Civil Veterinary Dept. Bombay admin report 1914-1922 - 1914-1922
Year: 1914
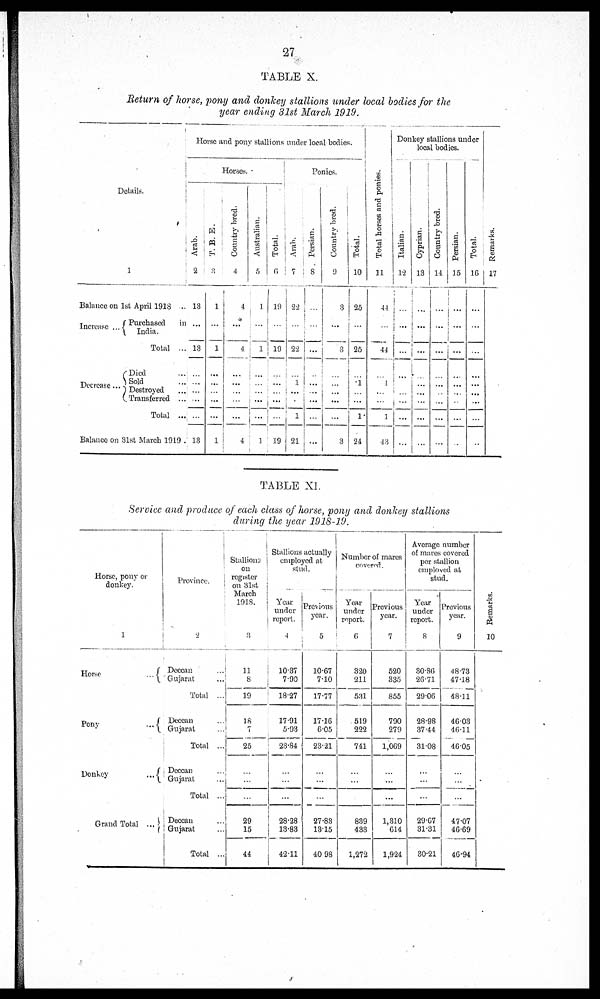
27
TABLE X.
Return of horse, pony and donkey stallions under local bodies for the
year ending 31st March 1919.
Details.
1
Balance on 1st April 1918 …
Increase ...
Decrease ...
Purchased
in
India.
Total ...
Died …
Sold …
Destroyed …
Transferred ...
Total ...
Balance on 31st March 1919 .
Horse and pony stallions under local bodies.
Horses.
Arab.
2
13
...
13
...
...
...
...
...
13
T. B. E.
3
1
...
1
...
...
...
...
...
1
Country bred.
4
4
…
4
...
...
...
...
...
4
Australian.
5
1
...
1
...
...
...
...
...
1
Total.
6
19
...
19
...
...
...
...
...
19
Ponies.
Arab.
7
22
...
22
…
1
...
...
1
21
Persian.
8
...
...
…
…
...
...
...
…
...
Country bred.
9
3
...
3
…
...
...
...
...
3
Total.
10
25
...
25
…
1
...
...
1
24
Tot al hor s es and ponies.
11
44
...
44
...
1
...
...
1
43
Donkey stallions under
local bodies.
Italian.
12
...
...
…
…
...
...
...
...
...
Cyprian.
13
...
...
...
...
...
...
...
...
...
Count r y bred.
14
...
...
...
...
...
...
...
...
...
Persian.
15
...
...
...
...
...
...
...
...
...
Total.
16
...
...
...
...
...
...
...
...
...
Remarks.
17
TABLE XI.
Service and produce of each class of horse, pony and donkey stallions
during the year 1918-19.
Horse, pony or
donkey.
1
Horse
...
Pony
...
Donkey
...
Grand Total ...
Province.
2
Deccan …
Gujarat …
Total ...
Deccan …
Gujarat …
Total …
Deccan
…
Gujarat ...
Total ...
Deccan
...
Gujarat
...
Total …
Stallions
on
register
on 31st
March
1918.
3
11
8
19
18
7
25
...
...
...
29
15
44
Stallions actually
employed at
stud.
Year
under
report.
4
10.37
7.90
18.27
17.91
5.93
23.84
...
...
...
28.28
13.83
42.11
Previous
year.
5
10.67
7.10
17.77
17.16
6.05
23.21
...
...
...
27.83
1315
40 98
Number of mares
covered.
Year
under
report.
6
320
211
531
519
222
741
...
...
...
839
433
1,272
Previous
year.
7
520
335
855
790
279
1,069
...
...
...
1,310
614
1,924
Average number
of marcs covered
per stallion
employed at
stud.
Year
under
report.
8
30.86
26.71
29.06
28.98
37.44
31.08
...
...
...
29.67
31.31
30.21
Previous
year.
9
48.73
47.18
48.11
46.03
46.11
46.05
...
...
...
47.07
46.69
46.94
Re ma r
ks .
10